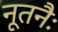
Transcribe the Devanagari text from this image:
नूतनैः